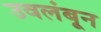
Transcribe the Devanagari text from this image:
उवलंबून